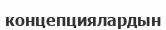
концепциялардын